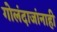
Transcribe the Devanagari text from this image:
गोलंदाजांनाही